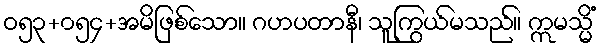
ဝ၅၃+၀၅၄+အမိဖြစ်သော။ ဂဟပတာနီ၊ သူကြွယ်မသည်။ ဣမသ္မိံ